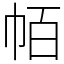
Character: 帞